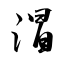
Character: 㴘